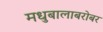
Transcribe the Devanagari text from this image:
मधुबालाबरोबर